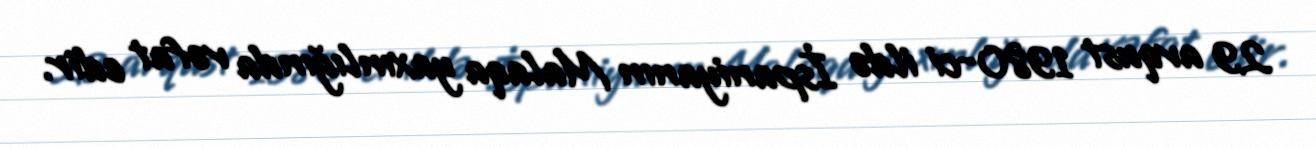
29 avqust 1980-ci ildə İspaniyanın Malaqa yaxınlığında vəfat edir.